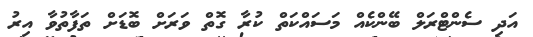
އަދި ސެންޓްރަލް ބޭންކެއް މަސައްކަތް ކުރާ ގޮތް ވަރަށް ބޮޑަށް ތަފާތުވާ އިރު